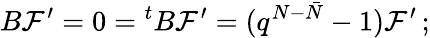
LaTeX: B{\cal F}^{\prime}=0={^tB}{\cal F}^{\prime}=(q^{N-\bar{N}}-1){\cal F}^{\prime}\, ;